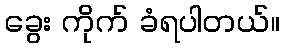
ခွေး ကိုက် ခံရပါတယ်။